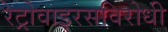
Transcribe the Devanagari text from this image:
रेट्रोवाइरसविरोधी